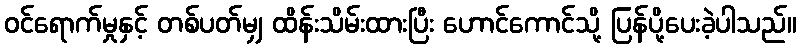
ဝင်ရောက်မှုနှင့် တစ်ပတ်မျှ ထိန်းသိမ်းထားပြီး ဟောင်ကောင်သို့ ပြန်ပို့ပေးခဲ့ပါသည်။